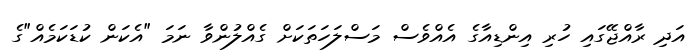
އަދި ރާއްޖޭގައި ހުރި އިންޑިއާގެ އެއްވެސް މަސްލަހަތަކަށް ގެއްލުންވާ ނަމަ "އެކަން ކުޑަކަމެއް"ގެ